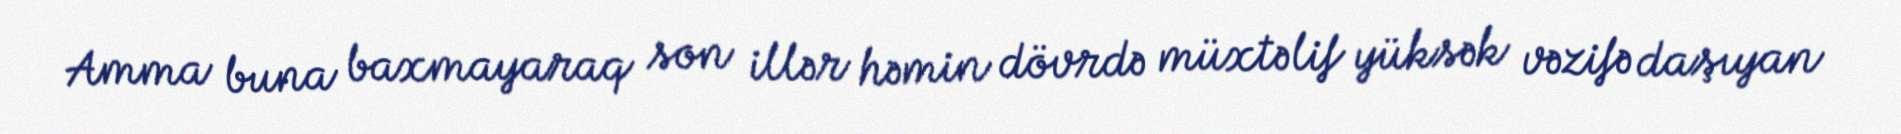
Amma buna baxmayaraq son illər həmin dövrdə müxtəlif yüksək vəzifə daşıyan